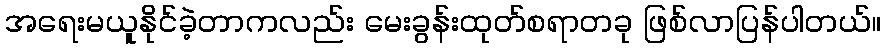
အရေးမယူနိုင်ခဲ့တာကလည်း မေးခွန်းထုတ်စရာတခု ဖြစ်လာပြန်ပါတယ်။